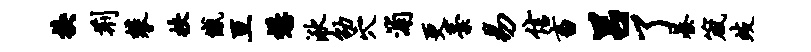
换荆攀挟憾亘懋湫劭穴浦更藁易信畜吕了綦箴歧